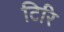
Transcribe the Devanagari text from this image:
टिरि